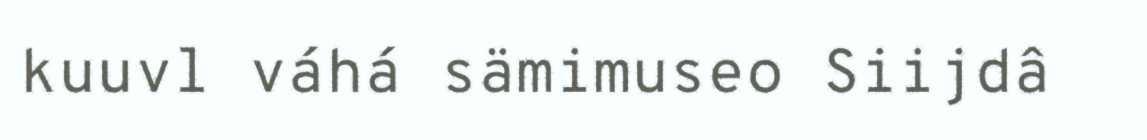
kuuvl váhá sämimuseo Siijdâ